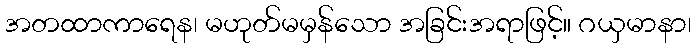
အတထာကာရေန၊ မဟုတ်မမှန်သော အခြင်းအရာဖြင့်။ ဂယှမာနာ၊